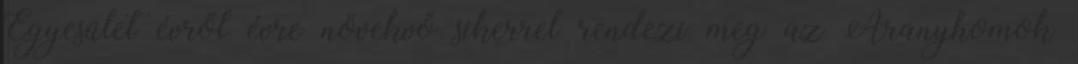
Egyesület évről évre növekvő sikerrel rendezi meg az Aranyhomok